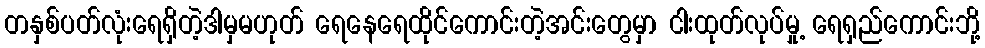
တနှစ်ပတ်လုံးရေရှိတဲ့ဒါမှမဟုတ် ရေနေရေထိုင်ကောင်းတဲ့အင်းတွေမှာ ငါးထုတ်လုပ်မှု့ ရေရှည်ကောင်းဘို့